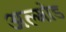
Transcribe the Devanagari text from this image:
अल्मोंड